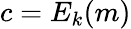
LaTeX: c=E_{k}(m)